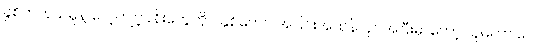
ခွဲစိတ်ကုသမှုနဲ့ လေ့ကျင့်ခန်းတွေကို ၂နှစ်ကျော် အပြင်းအထန်လုပ်အပြီးမှာတော့ သူမဟာ ပေါင်